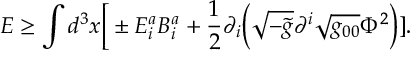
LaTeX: { \cal E } \geq \int d ^ { 3 } x \Big [ \pm E _ { i } ^ { a } B _ { i } ^ { a } + { \frac { 1 } { 2 } } \partial _ { i } \Big ( \sqrt { - \tilde { g } } \partial ^ { i } \sqrt { g _ { 0 0 } } \Phi ^ { 2 } \Big ) ] .